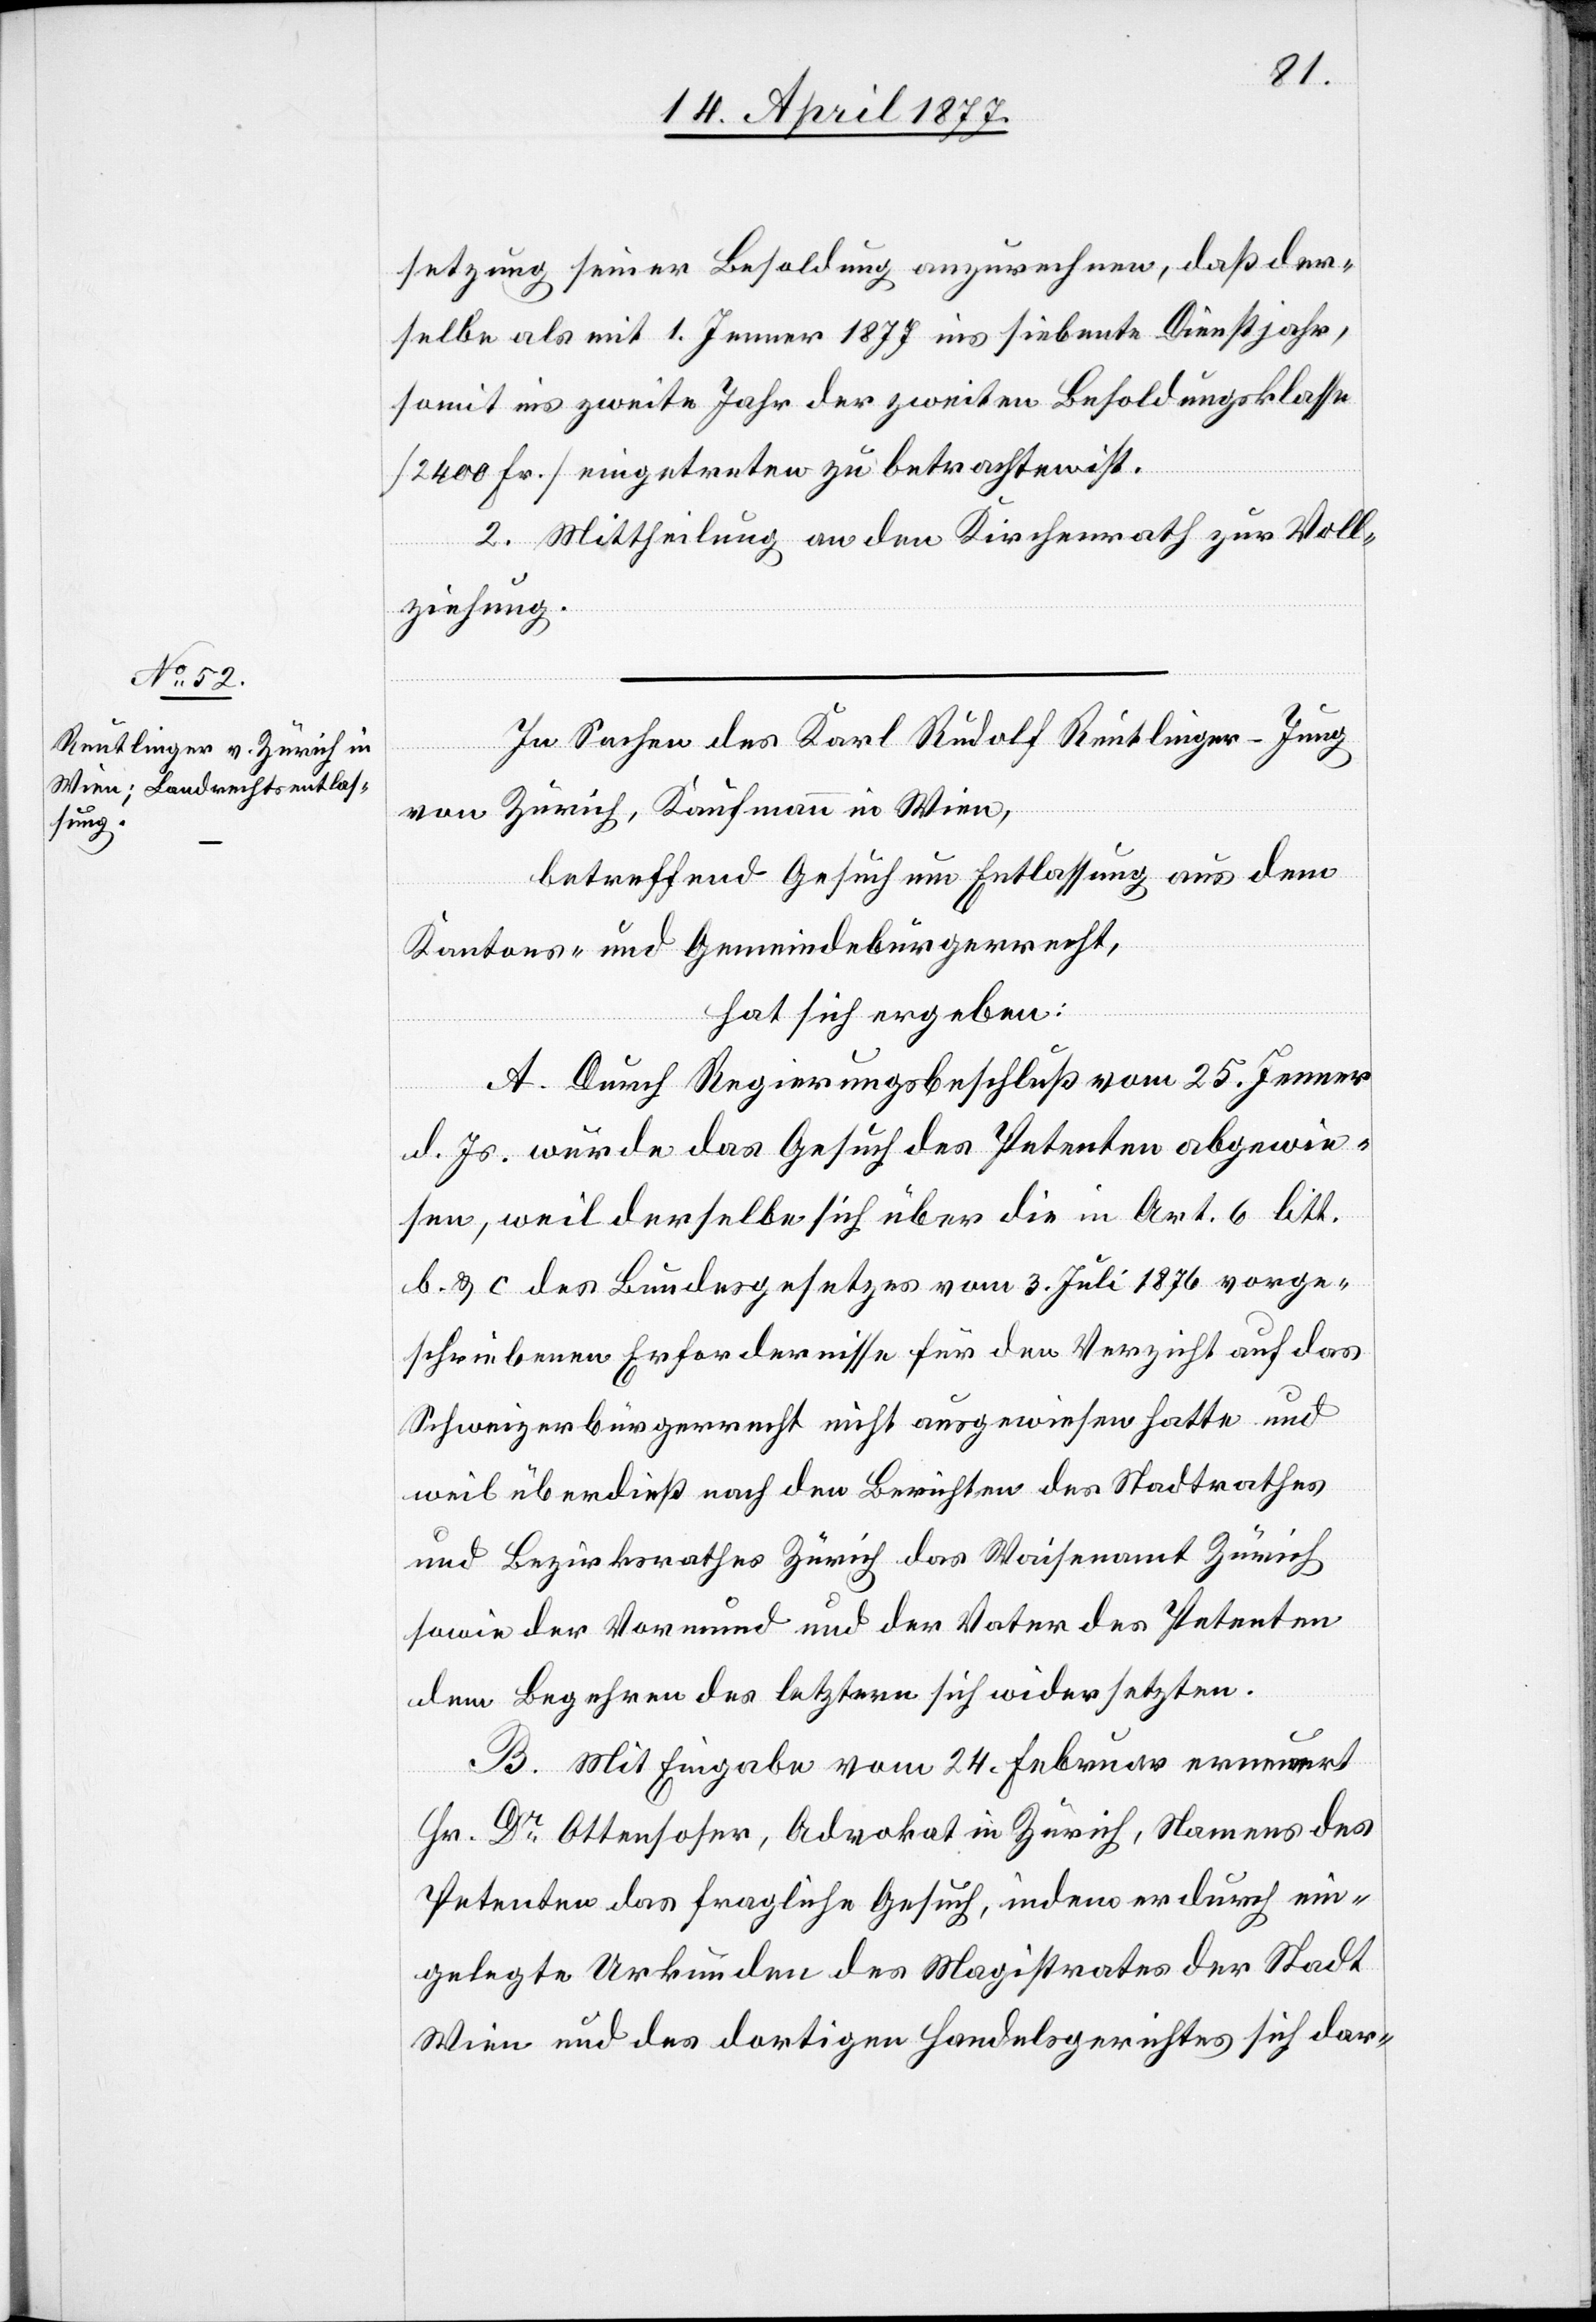
setzung seiner Besoldung anzurechnen, daß der¬
selbe als mit 1. Jenner 1877 ins siebente Dienstjahr,
somit ins zweite Jahr der zweiten Besoldungsklasse
[2400 Fr.] eingetreten zu betrachten ist.
2. Mittheilung an den Kirchenrath zur Voll¬
ziehung.
In Sachen des Karl Rudolf Reutlinger-Jung
von Zürich, Kaufmann in Wien,
betreffend Gesuch um Entlassung aus dem
Kantons- und Gemeindebürgerrecht,
hat sich ergeben:
A. Durch Regierungsbeschluß vom 25. Jenner
d. Js. wurde das Gesuch des Petenten abgewie¬
sen, weil derselbe sich über die in Art. 6 litt.
b. & c des Bundesgesetzes vom 3. Juli 1876 vorge¬
schriebenen Erfordernisse für den Verzicht auf das
Schweizerbürgerrecht nicht ausgewiesen hatte und
weil überdieß nach den Berichten des Stadtrathes
und Bezirksrathes Zürich das Waisenamt Zürich
sowie der Vormund und der Vater des Petenten
dem Begehren des letztern sich widersetzten.
B. Mit Eingabe vom 24. Februar erneuert
Hr. Dr Ottensoser, Advokat in Zürich, Namens des
Petenten das fragliche Gesuch, indem er durch ein¬
gelegte Urkunden des Magistrates der Stadt
Wien und des dortigen Handelsgerichtes sich dar-